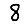
Digit: 8